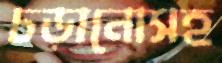
চড়ানোসহ